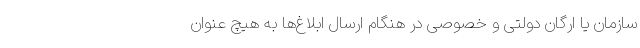
سازمان یا ارگان دولتی و خصوصی در هنگام ارسال ابلاغ‌ها به هیچ عنوان